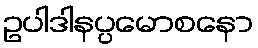
ဥပါဒါနပ္ပမောစနော